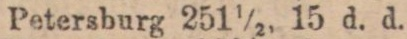
Petersburg 251½, 15 d. d.